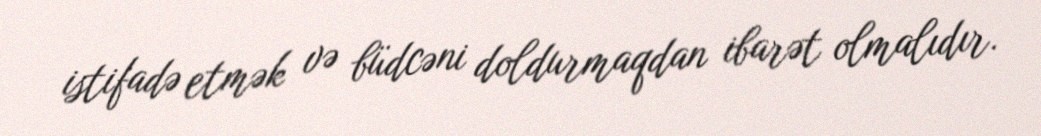
istifadə etmək və büdcəni doldurmaqdan ibarət olmalıdır.